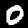
Digit: 0